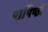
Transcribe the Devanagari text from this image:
पापिष्ठों